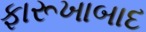
ફારૂખાબાદ